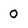
Character: O